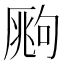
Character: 𰆧